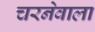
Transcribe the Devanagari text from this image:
चरनेवाला